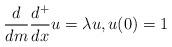
LaTeX: \begin{align*}\frac{d}{dm} \frac{d^+}{dx}u = \lambda u , u(0) = 1 \end{align*}